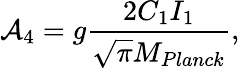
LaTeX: {\cal A}_{4}=g\frac{2C_{1}I_{1}}{\sqrt{\pi}M_{Planck}},